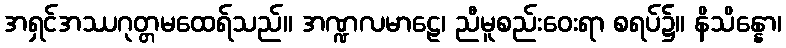
အရှင်အဿဂုတ္တမထေရ်သည်။ အဏ္ဍလမာဠေ၊ ညီမူစည်းဝေးရာ စရပ်၌။ နိသိန္နော၊